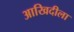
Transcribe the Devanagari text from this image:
आखिदीला